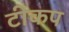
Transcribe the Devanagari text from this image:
टीकप